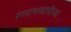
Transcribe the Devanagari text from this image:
रंगनाथस्वामीच्या